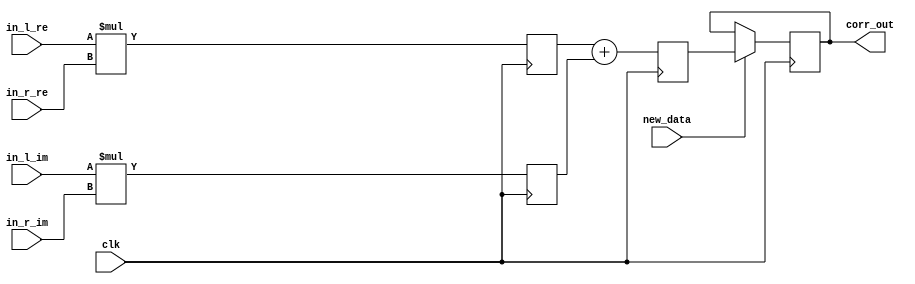

module corr (clk, new_data, in_l_re, in_l_im, in_r_re, in_r_im, corr_out);

    parameter sh_reg_w  = 4'b1000;
    input clk; 
    input new_data; 
    input[sh_reg_w - 1:0] in_l_re; 
    input[sh_reg_w - 1:0] in_l_im; 
    input[sh_reg_w - 1:0] in_r_re; 
    input[sh_reg_w - 1:0] in_r_im; 
    output[2 * sh_reg_w - 1:0] corr_out; 
    reg[2 * sh_reg_w - 1:0] corr_out;
    wire[sh_reg_w - 1:0] in_l_re_reg; 
    wire[sh_reg_w - 1:0] in_l_im_reg; 
    wire[sh_reg_w - 1:0] in_r_re_reg; 
    wire[sh_reg_w - 1:0] in_r_im_reg; 
    reg[2 * sh_reg_w - 1:0] lrexrre_reg; 
    reg[2 * sh_reg_w - 1:0] limxrim_reg; 
    reg[2 * sh_reg_w - 1:0] corr_out_tmp; 

    always @(posedge clk)
    begin
			// PAJ - edf xilinx files converted to multiply 
			lrexrre_reg <= in_l_re * in_r_re;
			limxrim_reg <= in_l_im * in_r_im;

          if (new_data == 1'b1)
          begin
             corr_out <= corr_out_tmp ; 
          end 
          else
          begin
             corr_out <= corr_out; 
          end 
          corr_out_tmp <= lrexrre_reg + limxrim_reg ; 
    end 
 endmodule